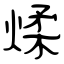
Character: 煣